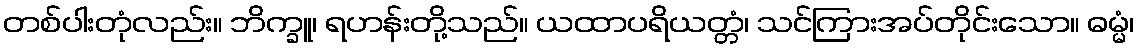
တစ်ပါးတုံလည်း။ ဘိက္ခူ၊ ရဟန်းတို့သည်။ ယထာပရိယတ္တံ၊ သင်ကြားအပ်တိုင်းသော။ ဓမ္မံ၊